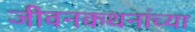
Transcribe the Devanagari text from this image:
जीवनकथनांच्या